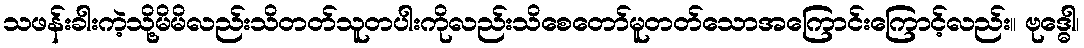
သဖန်းခါးကဲ့သို့မိမိလည်းသိတတ်သူတပါးကိုလည်းသိစေတော်မူတတ်သောအကြောင်းကြောင့်လည်း။ ဗုဒ္ဓေါ၊